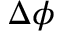
\Delta \phi